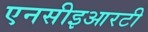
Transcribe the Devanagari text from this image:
एनसीइआरटी